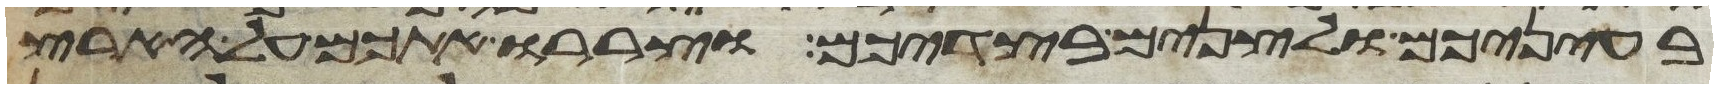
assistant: בעיניכם ולצנים בצדיכם וצררו אתכם על הארץ